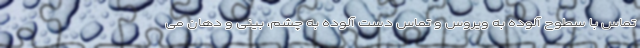
تماس با سطوح آلوده به ویروس و تماس دست آلوده به چشم، بینی و دهان می